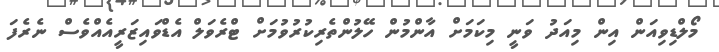
މޯލްޑިވިއަން އިން މިއަދު ވަނީ މިކަމަށް އާންމުން ހޭލުންތެރިކުރުވުމަށް ޓްރެވަލް އެޑްވައިޒަރީއެއްވެސް ނެރެފަ